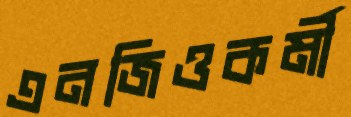
এনজিওকর্মী